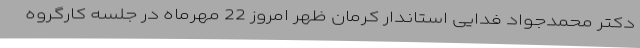
دکتر محمدجواد فدایی استاندار کرمان ظهر امروز 22 مهرماه در جلسه کارگروه